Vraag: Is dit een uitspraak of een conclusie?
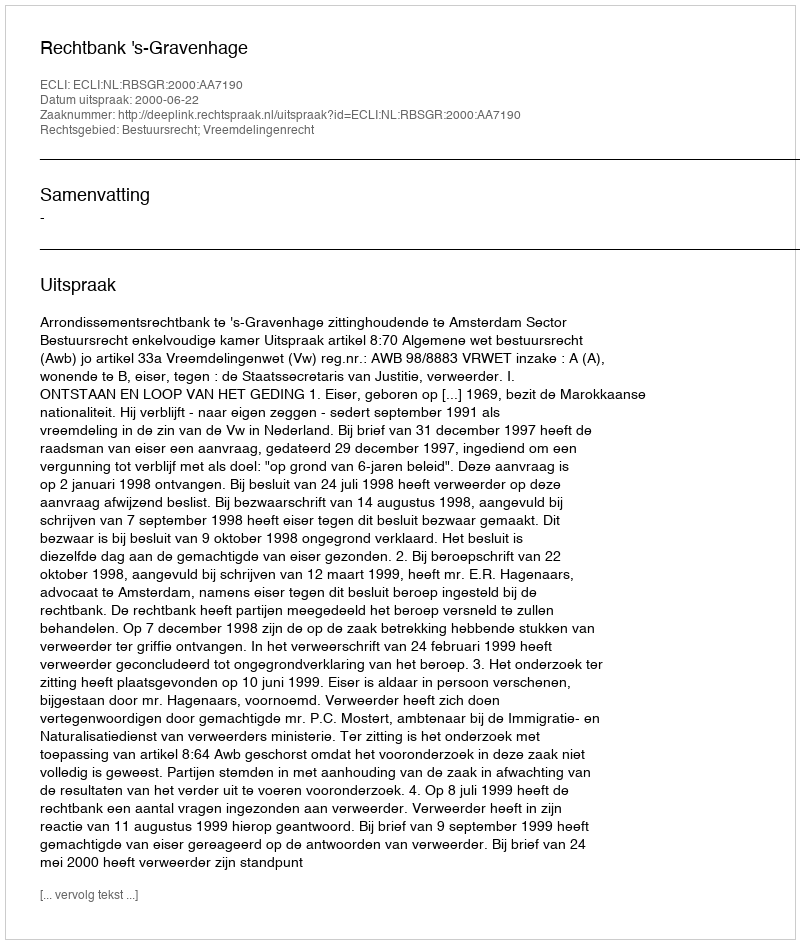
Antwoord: Uitspraak